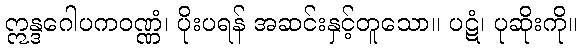
ဣန္ဒဂေါပကဝဏ္ဏံ၊ ပိုးပရန် အဆင်းနှင့်တူသော။ ပဋံ၊ ပုဆိုးကို။